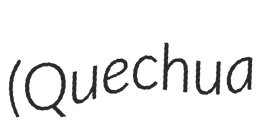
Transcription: (Quechua